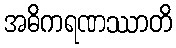
အဓိကရဏဿာတိ